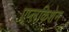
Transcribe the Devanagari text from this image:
एप्लकिशेन